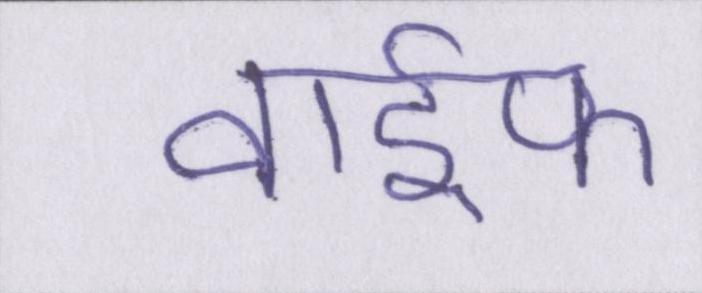
वाईफ